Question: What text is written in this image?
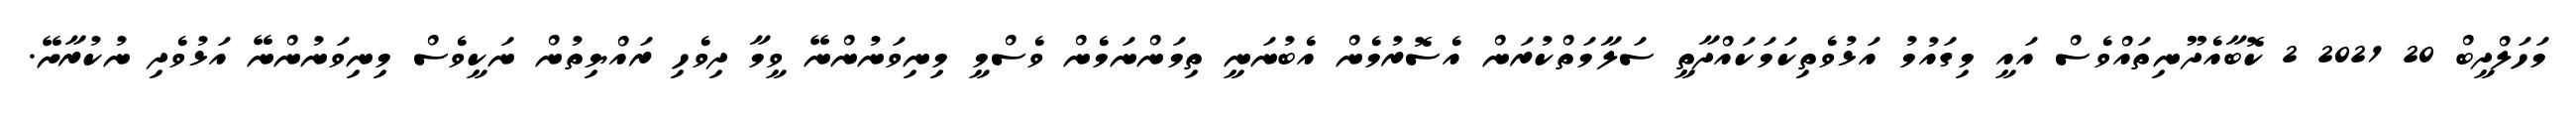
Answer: މަހަލްދީބް 20 2021 2 ކޮބާއެދޫނިތައްވެސް އައީ މިގައުމު އަޅުވެތިކަމަކައްދާތީ ސަލާމަތްކުރަން އެސޮރުމެން އެބުނަނީ ތިމަންނަމެން ވެސްމީ މިނިވަނުންނޭ ވީމާ ދިވެހި ރައްޔިތުން ނަކީވެސް މިނިވަނުންނޭ އަޅުވެދި ނުކުރާށޭ.